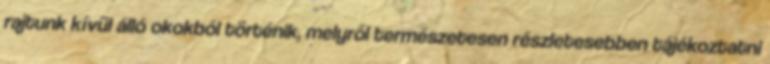
rajtunk kívül álló okokból történik, melyről természetesen részletesebben tájékoztatni